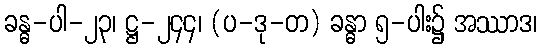
ခန္ဓ-ပါ-၂၃၊ ဋ္ဌ-၂၄၄၊ (ပ-ဒု-တ) ခန္ဓာ ၅-ပါး၌ အဿာဒ၊